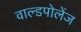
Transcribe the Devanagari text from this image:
वाल्डपोलेंज